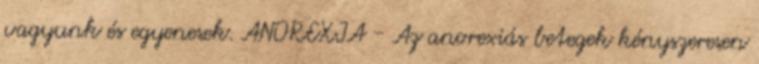
vagyunk és egyenesek. ANOREXIA - Az anorexiás betegek kényszeresen